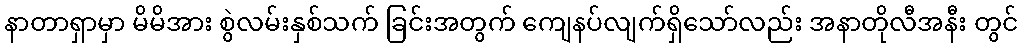
နာတာရှာမှာ မိမိအား စွဲလမ်းနှစ်သက် ခြင်းအတွက် ကျေနပ်လျက်ရှိသော်လည်း အနာတိုလီအနီး တွင်